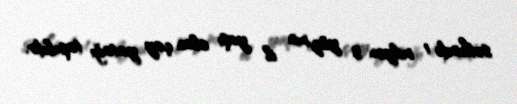
səthində 1 milyon 3 yüz min il yaşı olan çay yatağı tapıbdır.